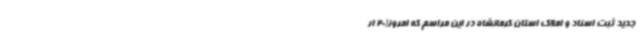
جدید ثبت اسناد و املاک استان کرمانشاه در این مراسم که امروز(20 ار